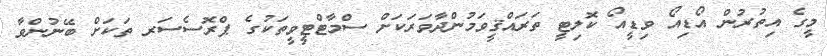
މީގެ އިތުރުން އޯޑިއޯ ވިޑީއޯ ކޮލިޓީ ތަރައްޤީވަމުންދާވަރަކަށް ސްމާޓްޓީވީތަކުގެ ޕްރޮސެސަރ ތަކަށް ބޭނުންވާ